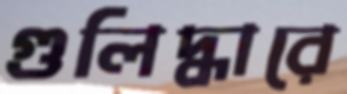
গুলিদ্ধারে